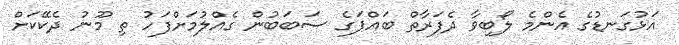
އަޅުގަނޑުގެ އެންމެ ލޯބިވާ ދެފަރާތް ބައްޕަގެ ސަބަބުން ގެއްލުމަށްފަހު ތި މޫނު ދެކޭކަށް